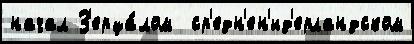
начал З'ерца́лом  ср'едн'ен'ид'ерландском